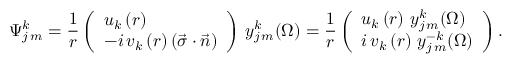
\Psi _ { j \, m } ^ { k } = { \frac { 1 } { r } } \left( { \begin{array} { l } { { { u _ { k } \left( r \right) } } } \\ { { { - i \, v _ { k } \left( r \right) \left( { \vec { \sigma } \cdot \vec { n } } \right) } } } \end{array} } \right) \, y _ { j \, m } ^ { k } ( \Omega ) = { \frac { 1 } { r } } \left( { \begin{array} { l } { { { u _ { k } \left( r \right) \, y _ { j \, m } ^ { k } ( \Omega ) } } } \\ { { { i \, v _ { k } \left( r \right) \, y _ { j \, m } ^ { - k } ( \Omega ) } } } \end{array} } \right) .